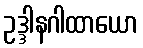
ဥဒ္ဒါနဂါထာယော